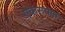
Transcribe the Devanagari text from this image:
एकरूपात